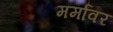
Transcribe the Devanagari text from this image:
मर्मांवर